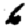
Digit: 6